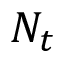
N _ { t }